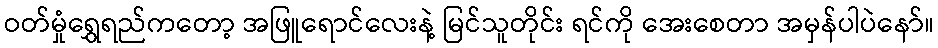
ဝတ်မှုံရွှေရည်ကတော့ အဖြူရောင်လေးနဲ့ မြင်သူတိုင်း ရင်ကို အေးစေတာ အမှန်ပါပဲနော်။